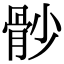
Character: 𩨡